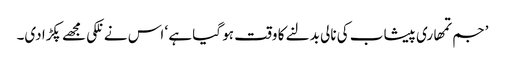
’جم تمھاری پیشاب کی نالی بدلنے کا وقت ہو گیا ہے ‘ اس نے نلکی مجھے پکڑا دی۔